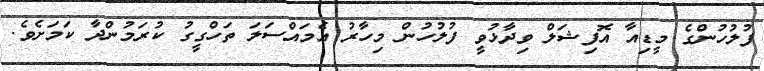
ފުލުހުންގެ މީޑިއާ އޮފިޝަލް ވިދާޅުވީ ފުލުހުން މިހާރު އެމައްސަލަ ތަހްގީގު ކުރަމުންދާ ކަމަށެވެ.